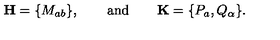
{ \bf H } = \{ M _ { a b } \} , \qquad \mathrm { a n d } \qquad { \bf K } = \{ P _ { a } , Q _ { \alpha } \} .